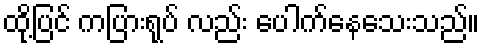
ထို့ပြင် ကပြားရုပ် လည်း ပေါက်နေသေးသည်။